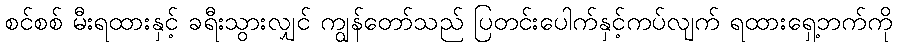
စင်စစ် မီးရထားနှင့် ခရီးသွားလျှင် ကျွန်တော်သည် ပြတင်းပေါက်နှင့်ကပ်လျက် ရထားရှေ့ဘက်ကို